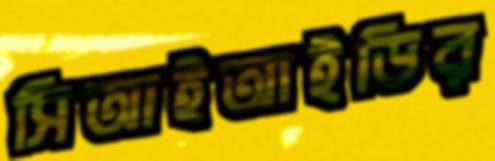
সিআইআইডির